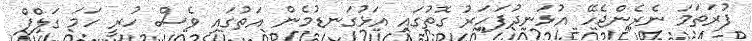
ފުރަތަމަ ނެރެންޖެހޭ އުޅަނދުފަހަރު ގޮތުގައި އަޅުގަނޑުމެން އަތުގައި ވެސް ހުރީ ހަމަ ގަލްފް